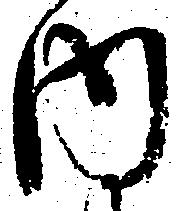
内